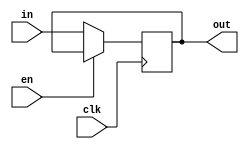

module Program_Counter(clk, en, in, out);

input wire[0:0] clk, en;
input wire[31:0] in;
output wire[31:0] out;

reg [31:0] internal_reg = 0;

always @(posedge clk) begin

if(en == 1'b0) internal_reg = in;

end

assign out = internal_reg;

endmodule